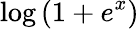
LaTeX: \log\left(1+e^{x}\right)